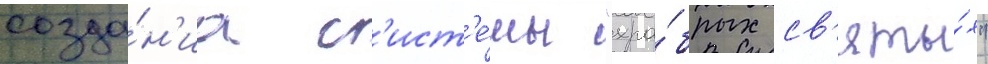
созда́н'иа с'ист'е́мы "хра́брых св'яты́х"